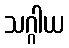
သဂ္ဂါယ